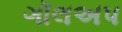
ગૉલઅપ